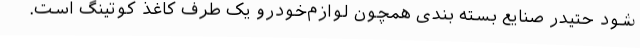
شود حتیدر صنایع بسته بندی همچون لوازم‌خودرو یک طرف کاغذ کوتینگ است.